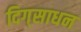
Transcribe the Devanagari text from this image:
दिग्‌साधन